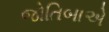
જોતિબાએ